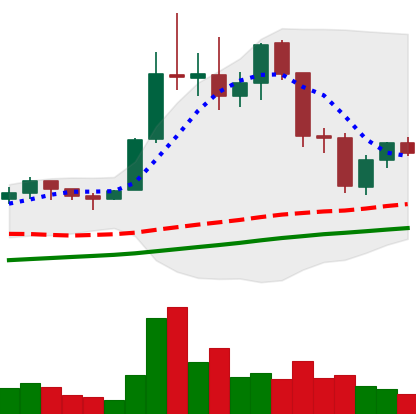
Ticker: LTC-USD
Chart end date: 2021-11-21
Forward return: -12.128%
Label: down_7plus